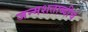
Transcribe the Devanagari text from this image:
जन्मशताब्दीचं